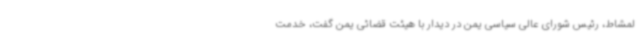
لمشاط، رئیس شورای عالی سیاسی یمن در دیدار با هیئت قضائی یمن گفت، خدمت